Plague in India, 1896, 1897 - Volume 1
Year: 1896
Disease focus: Plague
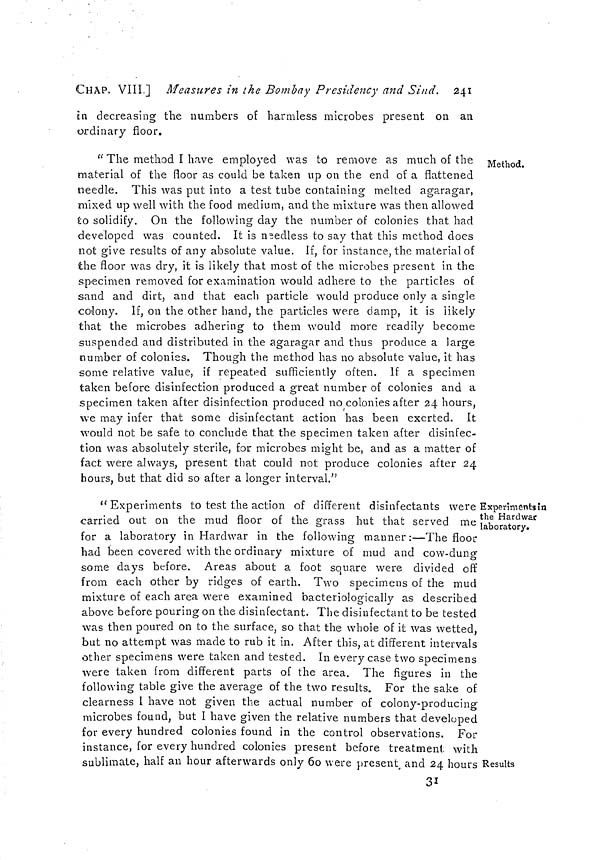
CHAP. VIII.] Measures in the Bombay Presidency and Sind. 241
in decreasing the numbers of harmless microbes present on an
ordinary floor.
Method.
" The method I have employed was to remove as much of the
material of the floor as could be taken up on the end of a flattened
needle. This was put into a test tube containing melted agaragar,
mixed up well with the food medium, and the mixture was then allowed
to solidify. On the following day the number of colonies that had
developed was counted. It is needless to say that this method does
not give results of any absolute value. If, for instance, the material of
the floor was dry, it is likely that most of the microbes present in the
specimen removed for examination would adhere to the particles of
sand and dirt, and that each particle would produce only a single
colony. If, on the other hand, the particles were damp, it is likely
that the microbes adhering to them would more readily become
suspended and distributed in the agaragar and thus produce a large
number of colonies. Though the method has no absolute value, it has
some relative value, if repeated sufficiently often. If a specimen
taken before disinfection produced a great number of colonies and a
specimen taken after disinfection produced no colonies after 24 hours,
we may infer that some disinfectant action has been exerted. It
would not be safe to conclude that the specimen taken after disinfec-
tion was absolutely sterile, for microbes might be, and as a matter of
fact were always, present that could not produce colonies after 24
hours, but that did so after a longer interval."
Experiments in
the Hardwar
laboratory.
Results
" Experiments to test the action of different disinfectants were
carried out on the mud floor of the grass hut that served me
for a laboratory in Hardwar in the following manner:—The floor
had been covered with the ordinary mixture of mud and cow-dung
some days before. Areas about a foot square were divided off
from each other by ridges of earth. Two specimens of the mud
mixture of each area were examined bacteriologically as described
above before pouring on the disinfectant. The disinfectant to be tested
was then poured on to the surface, so that the whole of it was wetted,
but no attempt was made to rub it in. After this, at different intervals
other specimens were taken and tested. In every case two specimens
were taken from different parts of the area. The figures in the
following table give the average of the two results. For the sake of
clearness 1 have not given the actual number of colony-producing
microbes found, but I have given the relative numbers that developed
for every hundred colonies found in the control observations. For
instance, for every hundred colonies present before treatment with
sublimate, half an hour afterwards only 60 were present and 24 hours
31